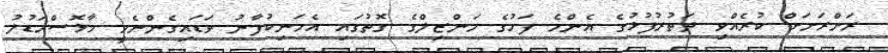
ރަށްރަށަށް ކުރެއްވި ދަތުރުފުޅުގެ އެންމެ ފަހުގެ މަންޒިލްގެ ގޮތުގައި އެމަނިކުފާނު ވަޑައިގެންނެވީ މާޅޮސްމަޑުލު